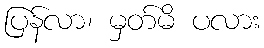
ပြန်လာ၊ မှတ်မိ ပလား